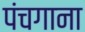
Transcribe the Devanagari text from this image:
पंचगाना